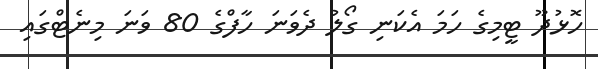
ހޮޅުދޫ ޓީމިގެ ހަމަ އެކަނި ގޯލު ދެވަނަ ހާފްގެ 80 ވަނަ މިނެޓްގައި